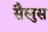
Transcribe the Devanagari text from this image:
सैलुस